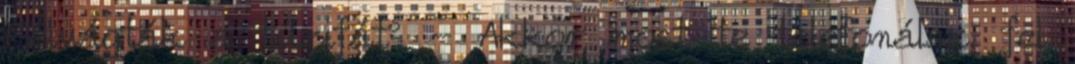
Felvágták a tűzifát? - Akkor most te telefonálsz, fel